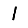
Digit: 1